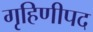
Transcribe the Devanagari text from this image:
गृहिणीपद